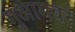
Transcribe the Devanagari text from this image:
गुआमवर